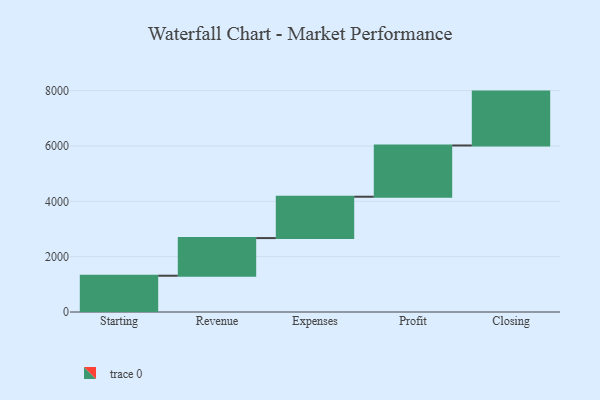
{"axis": {"x": "Step", "y": "Value"}, "legend": [""], "data": [{"x": "Starting", "y": 1311.0, "type": ""}, {"x": "Revenue", "y": 1360.0, "type": ""}, {"x": "Expenses", "y": 1495.0, "type": ""}, {"x": "Profit", "y": 1852.0, "type": ""}, {"x": "Closing", "y": 1947.0, "type": ""}]}